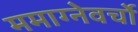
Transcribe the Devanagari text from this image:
ममाग्नेवर्चो